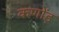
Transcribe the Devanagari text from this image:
कणोंड़